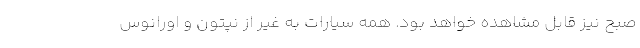
صبح نیز قابل مشاهده خواهد بود. همه سیارات به غیر از نپتون و اورانوس